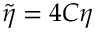
\widetilde { \eta } = 4 C \eta